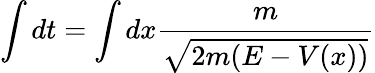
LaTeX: \intop dt=\intop dx\frac{m}{\sqrt{2m(E-V(x))}}